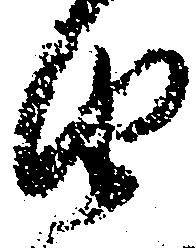
由